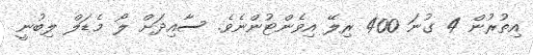
އިތުރުން 4 ގުނަ 400 ރިލޭ އިވެންޓުންނެވެ. ސާއިދަށް ލޯ މެޑަލް ލިބުނީ